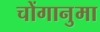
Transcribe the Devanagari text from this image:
चोंगानुमा